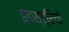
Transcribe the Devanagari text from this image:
इंडस्ट्रियों